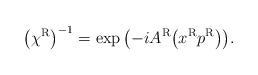
\begin{gather*}\big(\chi^{\rm R}\big)^{-1}=\exp\big({-}iA^{\rm R}\big(x^{\rm R}p^{\rm R}\big)\big).\end{gather*}